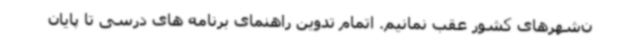
ن‌شهرهای کشور عقب نمانیم. اتمام تدوین راهنمای برنامه های درسی تا پایان